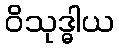
ဝိသုဒ္ဓါယ